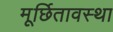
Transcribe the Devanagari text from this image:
मूर्छितावस्था